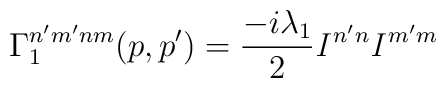
\Gamma^{n^\prime m^\prime n m}_1(p,p^\prime) =\frac{-i\lambda_1}{2} {\it I}^{n^\prime n} {\it I}^{m^\prime m}